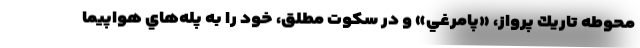
محوطه تاريك پرواز، «پامرغي» و در سكوت مطلق، خود را به پله‌هاي هواپيما